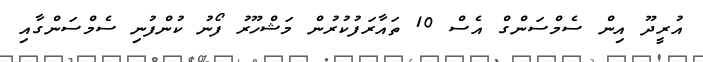
އުރީދޫ އިން ސެމްސަންގް އެސް 10 ތައާރަފުކުރުން މަޝްހޫރު ފޯނު ކުންފުނި ސެމްސަންގާއި